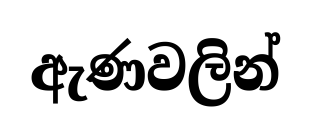
ඇණවලින්